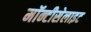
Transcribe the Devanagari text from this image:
मॉन्टीसेलाइट